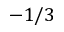
- 1 / 3